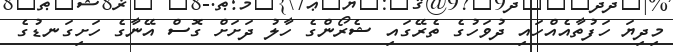
މިދިޔަ ހަފުތާއެއްހައި ދުވަހުގެ ތެރޭގައި ޝެރޯންގެ ހާލު ދަށަށް ގޮސް އޭނާގެ ހަށިގަނޑުގެ